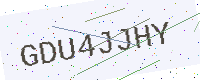
Text: GDU4JJHY